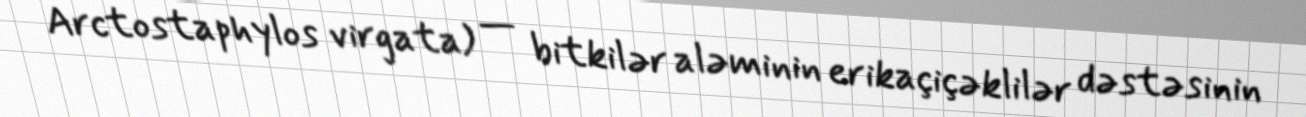
Arctostaphylos virgata) — bitkilər aləminin erikaçiçəklilər dəstəsinin